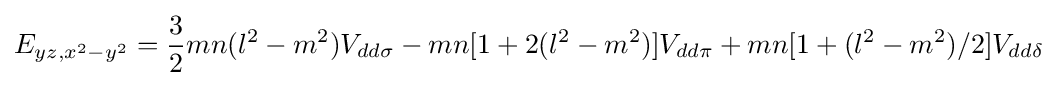
E_{yz,x^{2}-y^{2}}={\frac {3}{2}}mn(l^{2}-m^{2})V_{dd\sigma }-mn[1+2(l^{2}-m^{2})]V_{dd\pi }+mn[1+(l^{2}-m^{2})/2]V_{dd\delta }